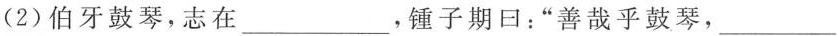
(2)伯牙鼓琴，志在___，锤子期回：”善哉乎鼓琴，___